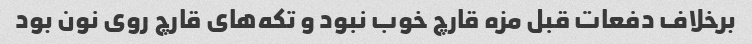
برخلاف دفعات قبل مزه قارچ خوب نبود و تکه‌های قارچ روی نون بود